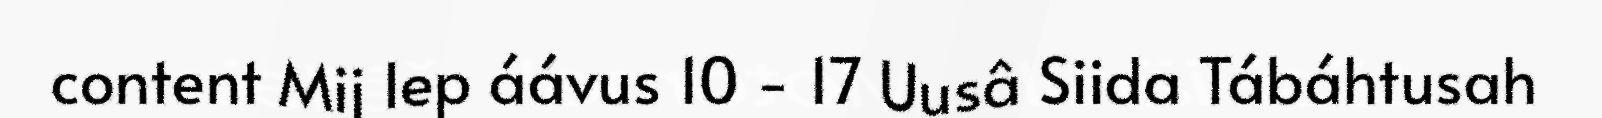
content Mij lep áávus 10 - 17 Uusâ Siida Tábáhtusah